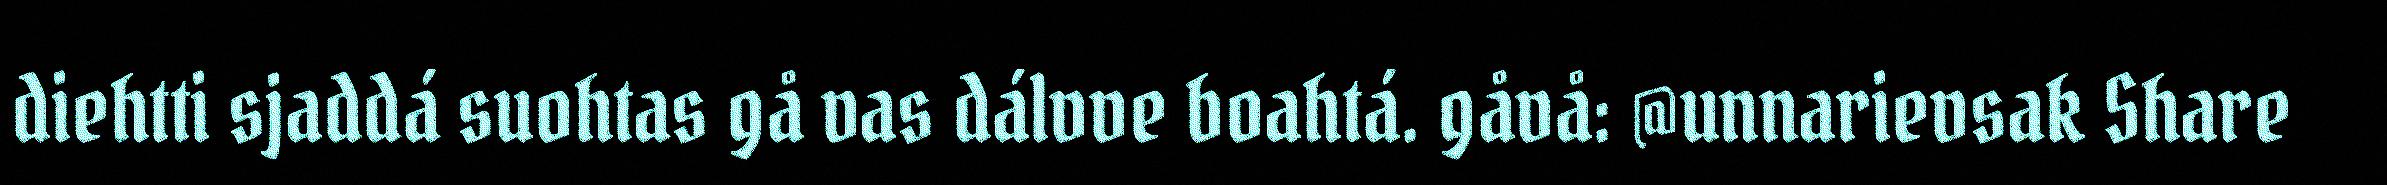
diehtti sjaddá suohtas gå vas dálvve boahtá. gåvå: @unnarievsak Share